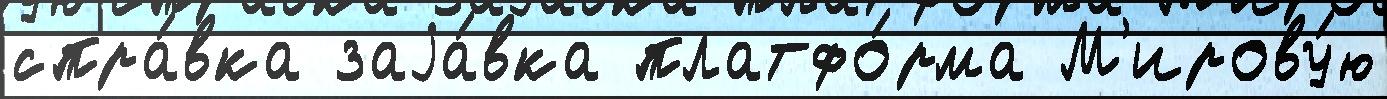
спра́вка заjа́вка платфо́рма М'ирову́ю